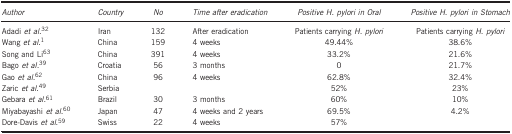
<table><thead><tr><td><b><i>Author</i></b></td><td><b><i>Country</i></b></td><td><b><i>No</i></b></td><td><b><i>Time after eradication</i></b></td><td><b><i>Positive H. pylori in Oral</i></b></td><td><b><i>Positive H. pylori in Stomach</i></b></td></tr></thead><tbody><tr><td>Adadi <i>et al.</i><sup>32</sup></td><td>Iran</td><td>132</td><td>After eradication</td><td>Patients carrying <i>H. pylori</i></td><td>Patients carrying <i>H. pylori</i></td></tr><tr><td>Wang <i>et al.</i><sup>1</sup></td><td>China</td><td>159</td><td>4 weeks</td><td>49.44%</td><td>38.6%</td></tr><tr><td>Song and Li<sup>63</sup></td><td>China</td><td>391</td><td>4 weeks</td><td>33.2%</td><td>21.6%</td></tr><tr><td>Bago <i>et al.</i><sup>39</sup></td><td>Croatia</td><td>56</td><td>3 months</td><td>0</td><td>21.7%</td></tr><tr><td>Gao <i>et al.</i><sup>62</sup></td><td>China</td><td>96</td><td>4 weeks</td><td>62.8%</td><td>32.4%</td></tr><tr><td>Zaric <i>et al.</i><sup>49</sup></td><td>Serbia</td><td> </td><td> </td><td>52%</td><td>23%</td></tr><tr><td>Gebara <i>et al.</i><sup>61</sup></td><td>Brazil</td><td>30</td><td>3 months</td><td>60%</td><td>10%</td></tr><tr><td>Miyabayashi <i>et al.</i><sup>60</sup></td><td>Japan</td><td>47</td><td>4 weeks and 2 years</td><td>69.5%</td><td>4.2%</td></tr><tr><td>Dore-Davis <i>et al.</i><sup>59</sup></td><td>Swiss</td><td>22</td><td>4 weeks</td><td>57%</td><td> </td></tr></tbody></table>